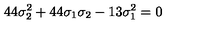
4 4 \sigma _ { 2 } ^ { 2 } + 4 4 \sigma _ { 1 } \sigma _ { 2 } - 1 3 \sigma _ { 1 } ^ { 2 } = 0